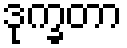
ဒုက္ခတာ